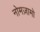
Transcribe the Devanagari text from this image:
नोमज़ामो